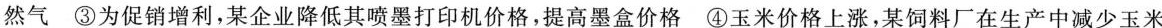
然气 ③为促销增利，某企业降低其喷墨打印机价格，提高墨盒价格 ④玉米价格上涨，某饲料厂在生产中减少玉米